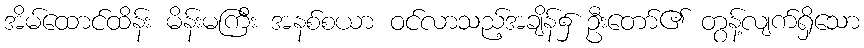
အိမ်ထောင်ထိန်း မိန်းမကြီး အနစ်စယာ ဝင်လာသည့်အချိန်၌ ဦးတော်၏ တွန့်လျက်ရှိသော